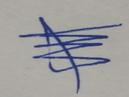
Signature authenticity: genuine